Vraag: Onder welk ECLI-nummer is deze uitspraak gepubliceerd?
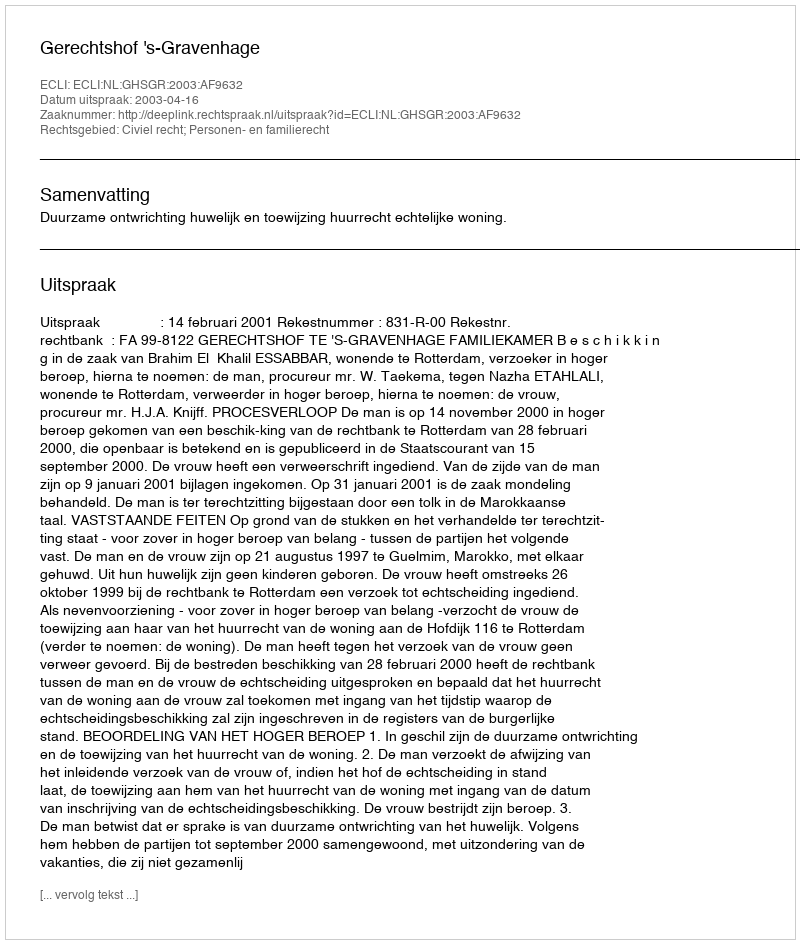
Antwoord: ECLI:NL:GHSGR:2003:AF9632